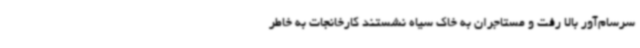
سرسام‌آور بالا رفت و مستاجران به خاک سیاه نشستند کارخانجات به خاطر